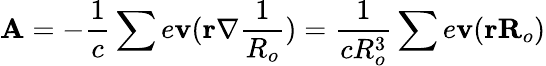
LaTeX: \textbf{A}=-\frac{1}{c}\sum e\textbf{v}(\textbf{r}\nabla\frac{1}{R_{o}})=\frac{1}{cR_{o}^{3}}\sum e\textbf{v}(\textbf{rR}_{o})